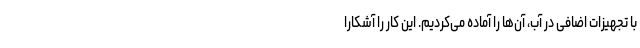
با تجهیزات اضافی در آب، آن‌ها را آماده می‌کردیم. این کار را آشکارا